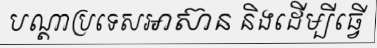
បណ្តាប្រទេសអាស៊ាន និងដើម្បីធ្វើ